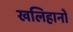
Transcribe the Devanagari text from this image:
खलिहानो